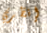
إنظري